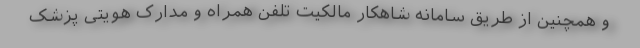
و همچنین از طریق سامانه شاهکار مالکیت تلفن همراه و مدارک هویتی پزشک